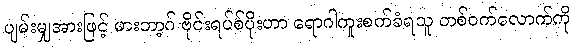
ပျမ်းမျှအားဖြင့် မားဘာ့ဂ် ဗိုင်းရပ်စ်ပိုးဟာ ရောဂါကူးစက်ခံရသူ တစ်ဝက်လောက်ကို